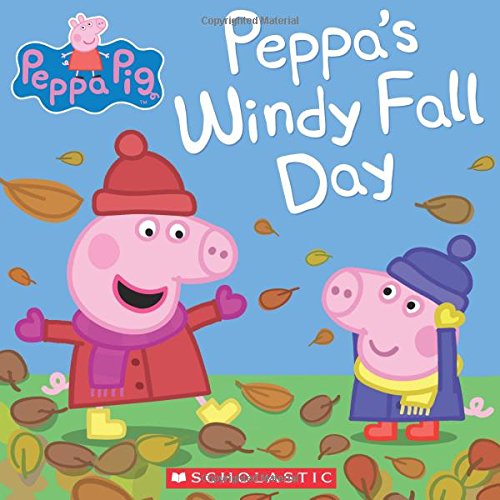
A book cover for Peppa's Windy Fall Day (Peppa Pig); Scholastic; Children's Books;